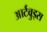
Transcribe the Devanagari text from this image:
आर्टवुड्स